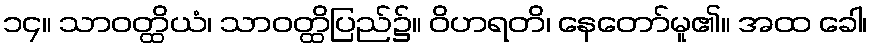
၁၄။ သာဝတ္ထိယံ၊ သာဝတ္ထိပြည်၌။ ဝိဟရတိ၊ နေတော်မူ၏။ အထ ခေါ၊